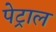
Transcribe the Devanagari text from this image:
पेट्राल